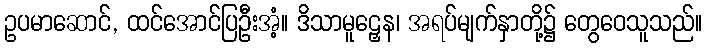
ဥပမာဆောင်, ထင်အောင်ပြဦးအံ့။ ဒိသာမူဠှေန၊ အရပ်မျက်နှာတို့၌ တွေဝေသူသည်။